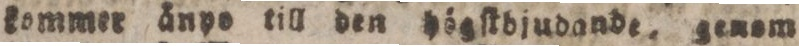
kommer änpo till den högſtdjudande, genam